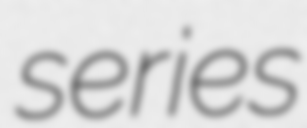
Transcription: series